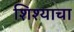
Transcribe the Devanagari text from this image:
शिश्याचा